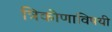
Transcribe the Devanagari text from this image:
त्रिकोणाविषयी